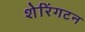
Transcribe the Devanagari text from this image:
शेरिंगटन